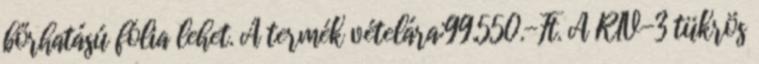
bőrhatású fólia lehet. A termék vételára:99.550.-Ft. A RIV-3 tükrös